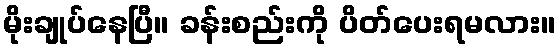
မိုးချုပ်နေပြီ။ ခန်းစည်းကို ပိတ်ပေးရမလား။